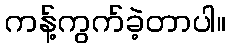
ကန့်ကွက်ခဲ့တာပါ။